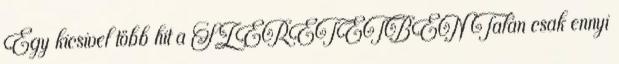
Egy kicsivel több hit a SZERETETBEN Talán csak ennyi